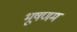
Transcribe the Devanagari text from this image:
भूषणम